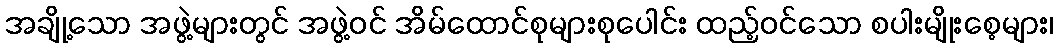
အချို့သော အဖွဲ့များတွင် အဖွဲ့ဝင် အိမ်ထောင်စုများစုပေါင်း ထည့်ဝင်သော စပါးမျိုးစေ့များ၊